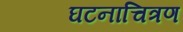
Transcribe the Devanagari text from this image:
घटनाचित्रण